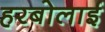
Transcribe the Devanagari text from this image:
हरबोलाई